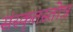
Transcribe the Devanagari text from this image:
संस्कृतस्तोत्र